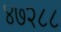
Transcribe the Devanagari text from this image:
४७२८८